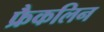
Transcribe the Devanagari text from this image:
फ्रैकलिन